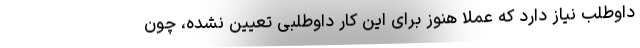
داوطلب نیاز دارد که عملا هنوز برای این کار داوطلبی تعیین نشده، چون